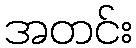
အတင်း